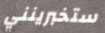
ستخبرينني